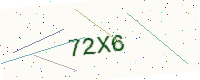
Text: 72X6